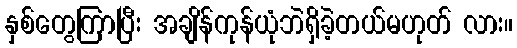
နှစ်တွေကြာပြီး အချိန်ကုန်ယုံဘဲရှိခဲ့တယ်မဟုတ် လား။